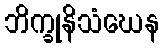
ဘိက္ခုနိသံဃေန